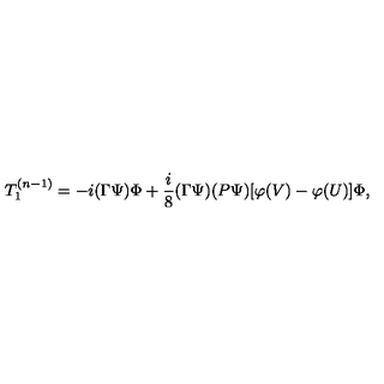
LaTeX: T _ { 1 } ^ { ( n - 1 ) } = - i ( \Gamma \Psi ) \Phi + \frac { i } { 8 } ( \Gamma \Psi ) ( P \Psi ) [ \varphi ( V ) - \varphi ( U ) ] \Phi ,